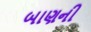
બાણની